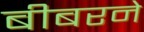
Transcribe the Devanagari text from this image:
बीबरने